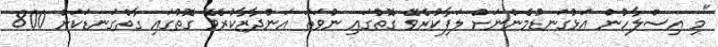
"މި އިސްލާހުން އަޅުގަނޑުމެންނަށް ލަފާކުރެވޭ ގޮތުގައި ނުވަތަ އަންދާޒާކުރެވޭ ގޮތުގައި ގާތްގަނޑަކަށް 800